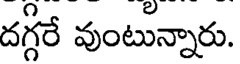
దగ్గరే వుంటున్నారు.